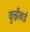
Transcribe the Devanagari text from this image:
कुन्नीबाई